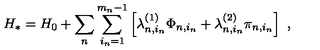
H _ { * } = H _ { 0 } + \sum _ { n } \sum _ { i _ { n } = 1 } ^ { m _ { n } - 1 } \left[ \lambda _ { n , i _ { n } } ^ { ( 1 ) } \Phi _ { n , i _ { n } } + \lambda _ { n , i _ { n } } ^ { ( 2 ) } \pi _ { n , i _ { n } } \right] \ ,